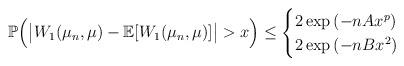
LaTeX: \begin{align*}{\mathbb P}\Big(\big|W_1(\mu_n, \mu)- {\mathbb E}[W_1(\mu_n, \mu)]\big|>x\Big) \leq \begin{cases} 2\exp\left(- n A x^p \right) \\ 2\exp\left(- nB x^2 \right) \end{cases}\end{align*}